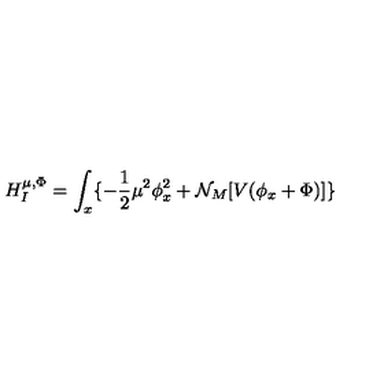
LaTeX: H _ { I } ^ { \mu , \Phi } = \int _ { x } \{ - { \frac { 1 } { 2 } } \mu ^ { 2 } \phi _ { x } ^ { 2 } + { \cal N } _ { M } [ V ( \phi _ { x } + \Phi ) ] \}